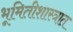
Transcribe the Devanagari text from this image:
भूमितीशास्त्रात